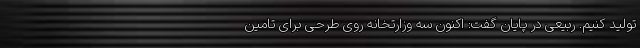
تولید کنیم. ربیعی در پایان گفت: اکنون سه وزارتخانه روی طرحی برای تامین